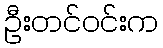
ဦးတင်ဝင်းက